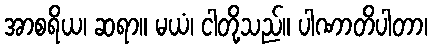
အာစရိယ၊ ဆရာ။ မယံ၊ ငါတို့သည်။ ပါဏာတိပါတာ၊